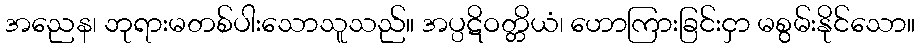
အညေန၊ ဘုရားမတစ်ပါးသောသူသည်။ အပ္ပဋိဝတ္တိယံ၊ ဟောကြားခြင်းငှာ မစွမ်းနိုင်သော။